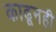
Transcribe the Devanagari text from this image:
काढूनही